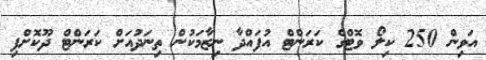
އަވިން 250 ކިލޯ ވޮޓްގެ ކަރަންޓް އުފައްދާ ނިޒާމަކުން ތިނަދުއަށް ކަރަންޓް ދޫކޮށްފި